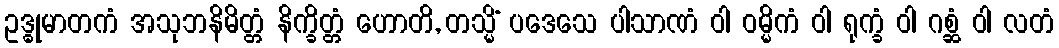
ဥဒ္ဓုမာတကံ အသုဘနိမိတ္တံ နိက္ခိတ္တံ ဟောတိ, တသ္မိံ ပဒေသေ ပါသာဏံ ဝါ ဝမ္မိကံ ဝါ ရုက္ခံ ဝါ ဂစ္ဆံ ဝါ လတံ